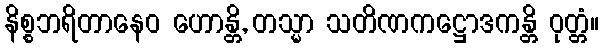
နိစ္စဘရိတာနေဝ ဟောန္တိ, တသ္မာ သတိဏကဋ္ဌောဒကန္တိ ဝုတ္တံ။